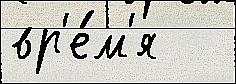
вр'е́м'я